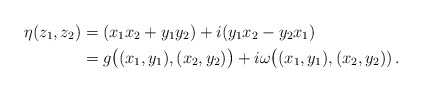
\begin{align*} \eta(z_1,z_2)&=(x_1x_2+y_1y_2) + i(y_1x_2-y_2x_1)\\ &=g\bigl((x_1,y_1),(x_2,y_2)\bigr)+i\omega\bigl((x_1,y_1),(x_2,y_2))\,. \end{align*}